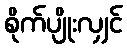
စိုက်ပျိုးလျှင်